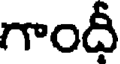
గాందీ